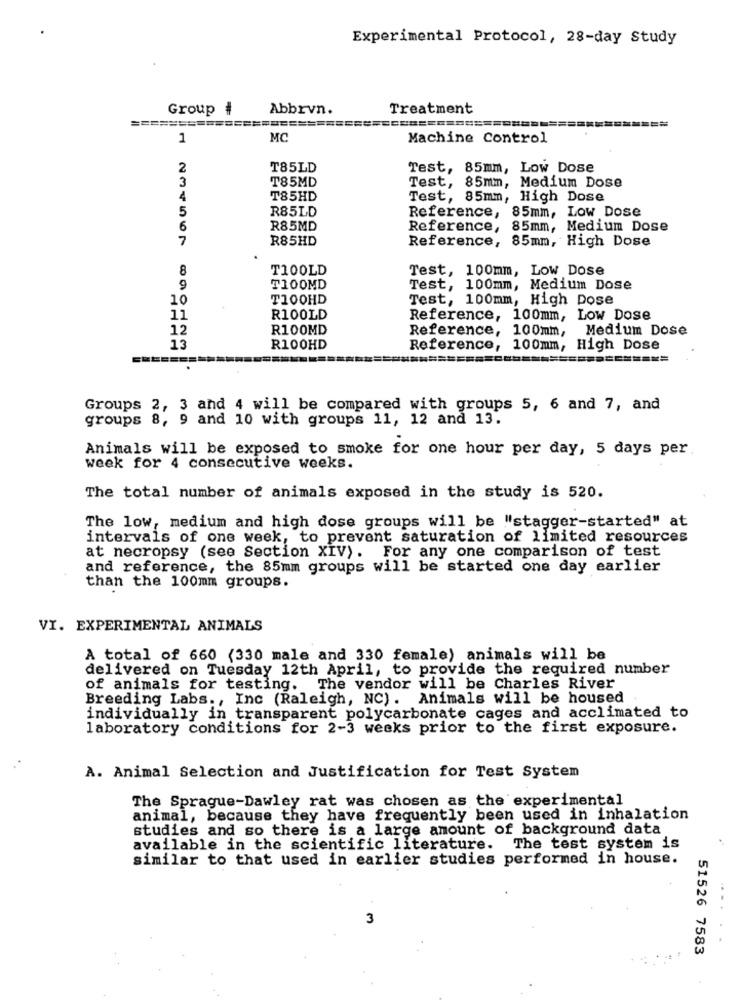
Experimental Protocol, 28-day Study
Group #
Abbrvn.
Treatment
=====================
1
MC
Machine Control
2
T85LD
Test, 85mm, Low Dose
3
Test, 85mm, Medium Dose
T85MD
4
T85HD
Test, 85mm, High Dose
5
R85LD
Reference, 85mm, Low Dose
6
R85MD
Reference, 85mm, Medium Dose
7
R85HD
Reference, 85mm, High Dose
8
T100LD
Test, 100mm, Low Dose
9
T100MD
Test, 100mm, Medium Dose
10
TI00HD
Test, 100mm, High Dose
11
R100LD
Reference, 100mm, Low Dose
12
R100MD
Reference, 100mm, Medium Dose
13
R100HD
Reference, 100mm, High Dose
=======
======
========
Groups 2, 3 and 4 will be compared with groups 5, 6 and 7, and
groups 8, 9 and 10 with groups 11, 12 and 13.
Animals will be exposed to smoke for one hour per day, 5 days per
week for 4 consecutive weeks.
The total number of animals exposed in the study is 520.
The low, medium and high dose groups will be "stagger-started" at
intervals of one week, to prevent saturation of limited resources
at necropsy (see Section XIV). For any one comparison of test
and reference, the 85mm groups will be started one day earlier
than the 100mm groups.
VI. EXPERIMENTAL ANIMALS
A total of 660 (330 male and 330 female) animals will be
delivered on Tuesday 12th April, to provide the required number
of animals for testing. The vendor will be Charles River
Breeding Labs ., Inc (Raleigh, NC). Animals will be housed
individually in transparent polycarbonate cages and acclimated to
laboratory conditions for 2-3 weeks prior to the first exposure.
A. Animal Selection and Justification for Test System
The Sprague-Dawley rat was chosen as the experimental
animal, because they have frequently been used in inhalation
studies and so there is a large amount of background data
available in the scientific literature. The test system is
similar to that used in earlier studies performed in house.
51526 7583